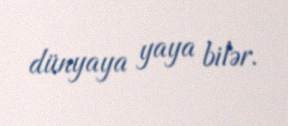
dünyaya yaya bilər.